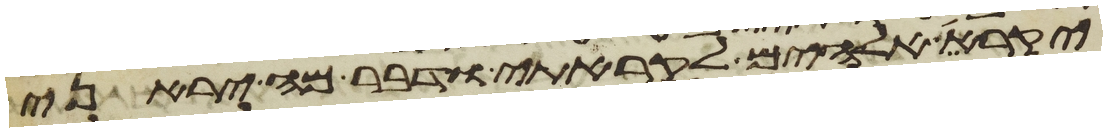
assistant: יקרא אלהים לקראתי ודבר מה יראני